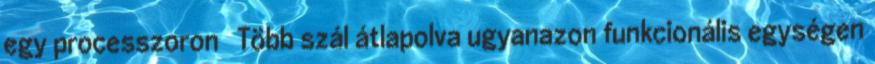
egy processzoron ● Több szál átlapolva ugyanazon funkcionális egységen